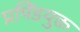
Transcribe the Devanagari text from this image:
प्रपिंडयुक्त